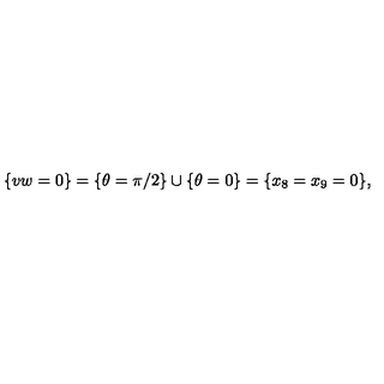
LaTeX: \{ v w = 0 \} = \{ \theta = \pi / 2 \} \cup \{ \theta = 0 \} = \{ x _ { 8 } = x _ { 9 } = 0 \} ,